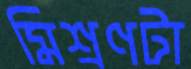
মিশ্রণটা